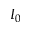
I _ { 0 }